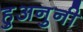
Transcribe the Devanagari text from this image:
हुअनुनी